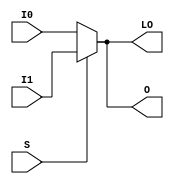
module MUXF7_D (LO, O, I0, I1, S);

    output LO, O;
    reg    O, LO;

    input  I0, I1, S;

	always @(I0 or I1 or S)
            if (S) begin
		O = I1;
		LO = I1;
            end
	    else begin
		O = I0;
		LO = I0;
	    end
endmodule